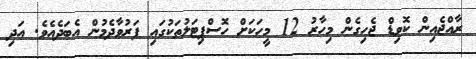
ރާއްޖެއިން ކޮވިޑް ޖެހިގެން މިހާރު 12 މީހަކަށް ހޮސްޕިޓަލުތަކުގައި ފަރުވާދެމުން އެބަދެއެވެ. އަދި